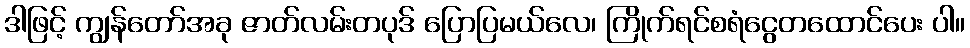
ဒါဖြင့် ကျွန်တော်အခု ဇာတ်လမ်းတပုဒ် ပြောပြမယ်လေ၊ ကြိုက်ရင်စရံငွေတထောင်ပေး ပါ။